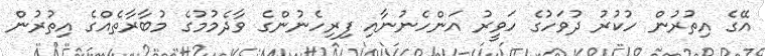
އޭގެ އިތުރުން ހުކުރު ދުވަހުގެ ހަވީރު އަންހެނުނާއި ފިރިހެނުންގެ ވާދެމުމުގެ މުބާރާތެއްގެ އިތުރުން